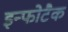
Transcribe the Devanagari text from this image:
इन्फोटैक